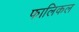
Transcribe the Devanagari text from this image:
फालिकल